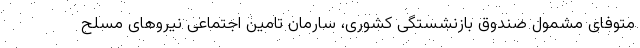
متوفای مشمول صندوق بازنشستگی کشوری، سارمان تامین اجتماعی نیروهای مسلح